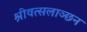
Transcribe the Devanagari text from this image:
श्रीवत्सलाञ्छन